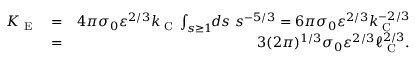
\begin{array} { r l r } { K _ { \textrm { E } } } & { = } & { 4 \pi \sigma _ { 0 } \varepsilon ^ { 2 / 3 } k _ { \textrm { C } } \int _ { s \ge 1 } \! \! d s \ s ^ { - 5 / 3 } = 6 \pi \sigma _ { 0 } \varepsilon ^ { 2 / 3 } k _ { \textrm { C } } ^ { - 2 / 3 } } \\ & { = } & { 3 ( 2 \pi ) ^ { 1 / 3 } \sigma _ { 0 } \varepsilon ^ { 2 / 3 } \ell _ { \textrm { C } } ^ { 2 / 3 } . } \end{array}